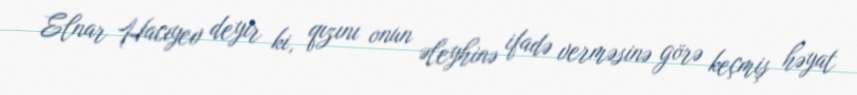
Elnar Hacıyev deyir ki, qızını onun əleyhinə ifadə verməsinə görə keçmiş həyat